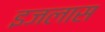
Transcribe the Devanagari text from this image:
इजलास